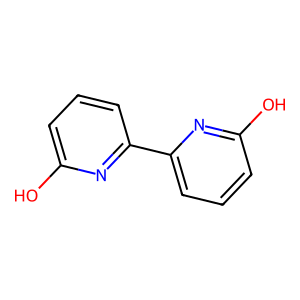
SMILES: Oc1cccc(-c2cccc(O)n2)n1
Inhibits HIV replication: No